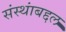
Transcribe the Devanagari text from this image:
संस्थांबद्दल